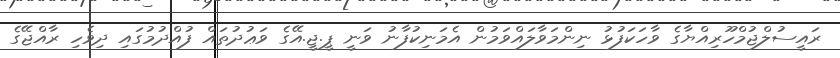
ރައީސުލްޖުމްހޫރިއްޔާގެ ވާހަކަފުޅު ނިންމަވާލައްވަމުން އެމަނިކުފާނު ވަނީ ޕީ.ޖީ.އޭގެ ވަޢުދުތައް ފުއްދުމުގައި ދިވެހި ރާއްޖޭގެ